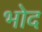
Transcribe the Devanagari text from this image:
भोद